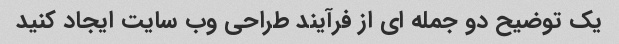
یک توضیح دو جمله ای از فرآیند طراحی وب سایت ایجاد کنید